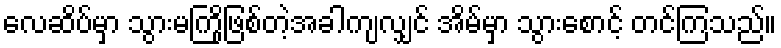
လေဆိပ်မှာ သွားမကြိုဖြစ်တဲ့အခါကျလျှင် အိမ်မှာ သွားစောင့် တင်ကြသည်။